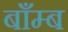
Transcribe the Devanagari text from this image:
बाँम्ब